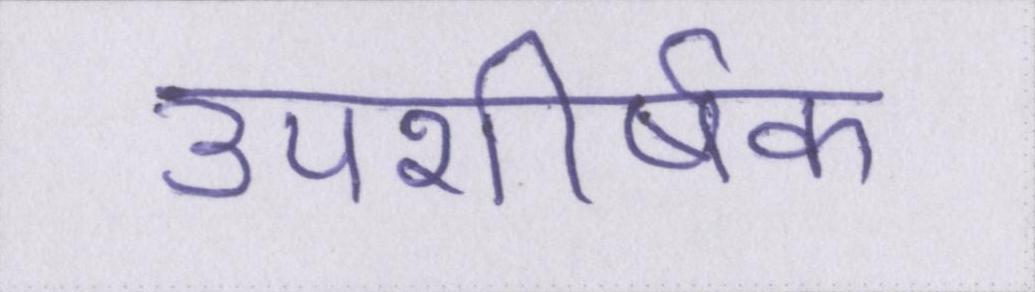
उपशीर्षक